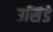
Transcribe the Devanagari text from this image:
उर्सिडे